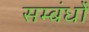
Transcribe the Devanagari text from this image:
सम्बंधोंं